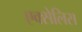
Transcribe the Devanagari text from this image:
एक्सेलिस